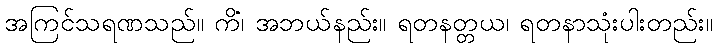
အကြင်သရဏသည်။ ကိံ၊ အဘယ်နည်း။ ရတနတ္တယ၊ ရတနာသုံးပါးတည်း။